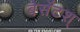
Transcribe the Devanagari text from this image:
बेसेंटश्